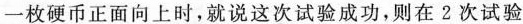
一枚硬币正面向上时，就说这次试验成功，则在2次试验